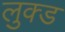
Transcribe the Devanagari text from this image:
लुक्ड